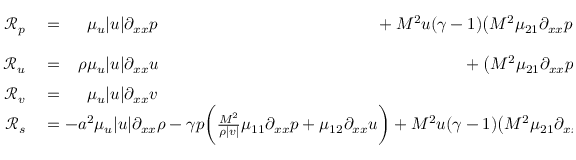
\begin{array} { r l } { \mathcal { R } _ { p } } & { { } = \phantom { - \rho } \mu _ { u } | u | \partial _ { x x } p \phantom { - \gamma p \bigg ( \frac { M ^ { \- 2 } } { \rho | v | } \mu _ { 1 1 } \partial _ { x x } p + \mu _ { 1 2 } \partial _ { x x } u \bigg ) } + M ^ { 2 } u ( \gamma - 1 ) \big ( M ^ { \- 2 } \mu _ { 2 1 } \partial _ { x x } p + \rho | v | \mu _ { 2 2 } \partial _ { x x } u \big ) } \\ { \mathcal { R } _ { u } } & { { } = \phantom { - } \rho \mu _ { u } | u | \partial _ { x x } u \phantom { - \gamma p \bigg ( \frac { M ^ { \- 2 } } { \rho | v | } \mu _ { 1 1 } \partial _ { x x } p + \mu _ { 1 2 } \partial _ { x x } u \bigg ) } \phantom { M ^ { 2 } ( \gamma - 1 ) u } + \big ( M ^ { \- 2 } \mu _ { 2 1 } \partial _ { x x } p + \rho | v | \mu _ { 2 2 } \partial _ { x x } u \big ) } \\ { \mathcal { R } _ { v } } & { { } = \phantom { - \rho } \mu _ { u } | u | \partial _ { x x } v } \\ { \mathcal { R } _ { s } } & { { } = - a ^ { 2 } \mu _ { u } | u | \partial _ { x x } \rho - \gamma p \bigg ( \frac { M ^ { \- 2 } } { \rho | v | } \mu _ { 1 1 } \partial _ { x x } p + \mu _ { 1 2 } \partial _ { x x } u \bigg ) + M ^ { 2 } u ( \gamma - 1 ) \big ( M ^ { \- 2 } \mu _ { 2 1 } \partial _ { x x } p + \rho | v | \mu _ { 2 2 } \partial _ { x x } u \big ) } \end{array}